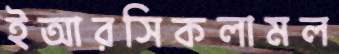
ইআরসিকলামল